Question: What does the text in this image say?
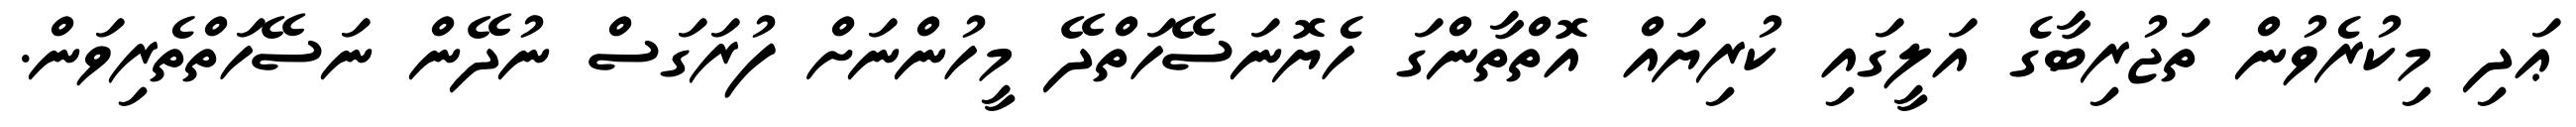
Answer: ޢަދި މިކުރެވުން ތަޖުރިބާގެ އަލީގައި ކުރިޔައް އޮތްތާންގަ ހެޔޮނަސޭހަތްދޭ މީހުންނަށް ފުރަގަސް ނުދޭން ނަސޭހަތްތެރިވަން.